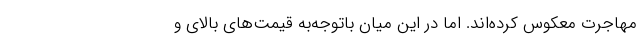
مهاجرت معکوس کرده‌اند. اما در این میان باتوجه‌به قیمت‌های بالای و